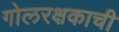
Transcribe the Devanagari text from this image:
गोलरक्षकाची